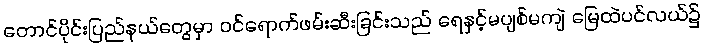
တောင်ပိုင်းပြည်နယ်တွေမှာ ဝင်ရောက်ဖမ်းဆီးခြင်းသည် ရေနှင့်မပျစ်မကျဲ မြေထဲပင်လယ်၌